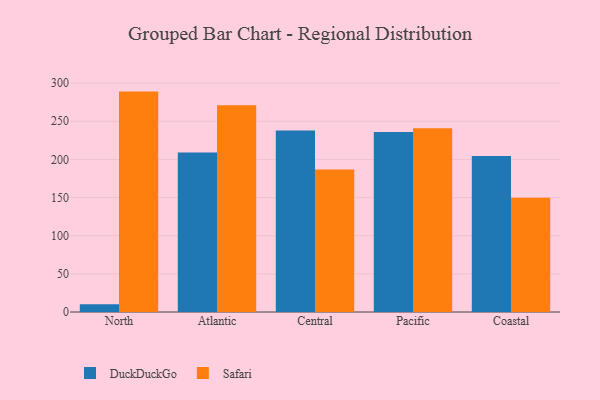
{"axis": {"x": "Region", "y": "Satisfaction Score"}, "legend": ["DuckDuckGo", "Safari"], "data": [{"x": "North", "y": 10.3, "type": "DuckDuckGo"}, {"x": "North", "y": 288.9, "type": "Safari"}, {"x": "Atlantic", "y": 209.0, "type": "DuckDuckGo"}, {"x": "Atlantic", "y": 270.9, "type": "Safari"}, {"x": "Central", "y": 237.8, "type": "DuckDuckGo"}, {"x": "Central", "y": 186.9, "type": "Safari"}, {"x": "Pacific", "y": 235.8, "type": "DuckDuckGo"}, {"x": "Pacific", "y": 240.7, "type": "Safari"}, {"x": "Coastal", "y": 204.5, "type": "DuckDuckGo"}, {"x": "Coastal", "y": 149.8, "type": "Safari"}]}